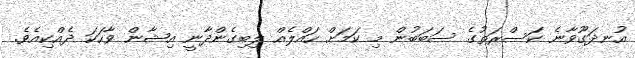
އުނދަގޫވާނެ ކަސްރަތުގެ ސަބަބުން މި ކަމަށް ހައްލެއް ލިބިގެންދާނީ އިޝާން ވާހަކަ ދެއްކިއެވެ.